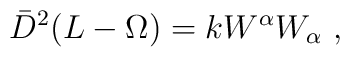
\bar{D}^2(L-\Omega)= k W^{\alpha}W_{\alpha}\ ,